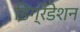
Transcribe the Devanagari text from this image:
डिग्रेडेशन